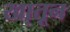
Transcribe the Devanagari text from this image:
खा़तून